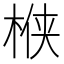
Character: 㮉